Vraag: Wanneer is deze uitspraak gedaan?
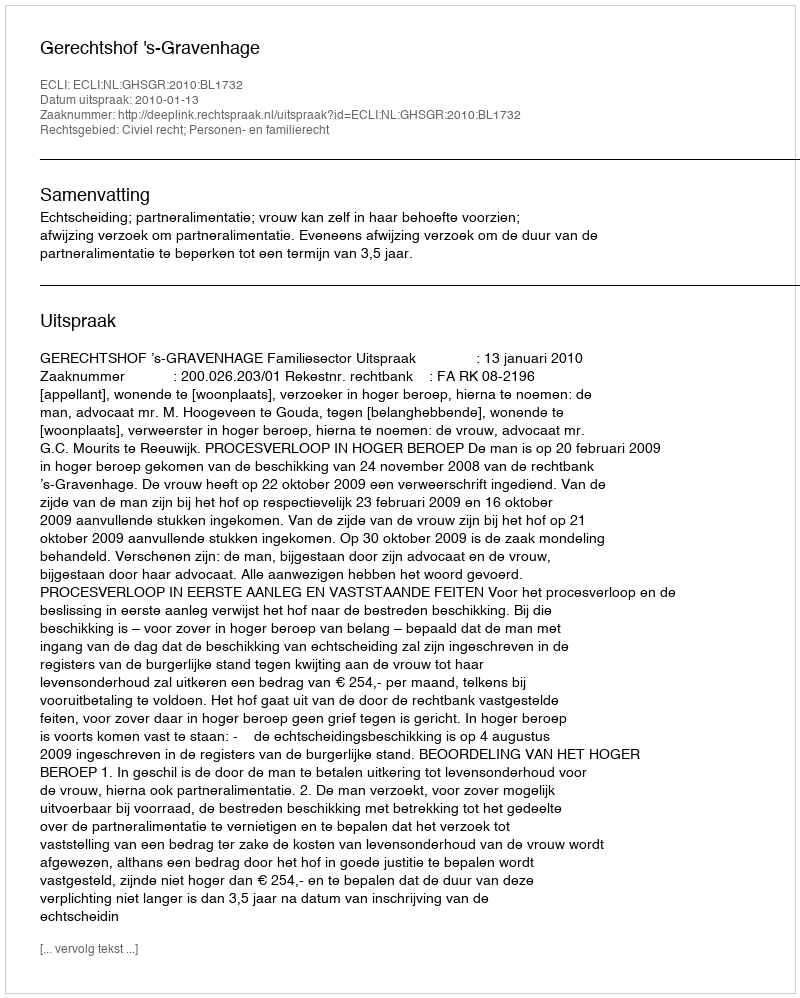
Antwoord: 2010-01-13